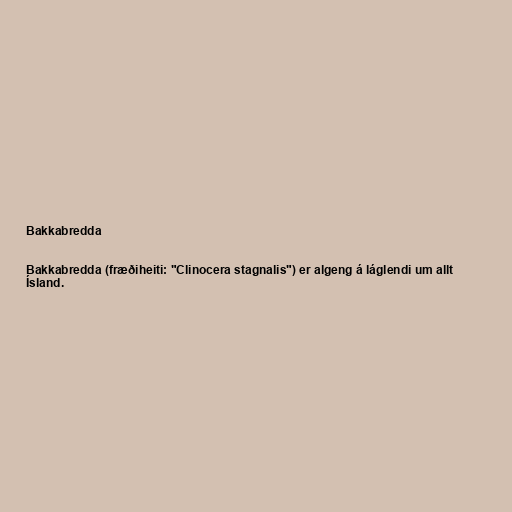
Bakkabredda

Bakkabredda (fræðiheiti: "Clinocera stagnalis") er algeng á láglendi um allt
Ísland.